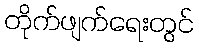
တိုက်ဖျက်ရေးတွင်